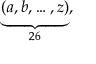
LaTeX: \textstyle \underbrace { ( a , b , \ldots , z ) } _ { 2 6 } ,